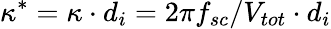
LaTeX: \kappa^{\ast}=\kappa\cdot d_{i}=2\pi f_{sc}/V_{tot}\cdot d_{i}